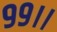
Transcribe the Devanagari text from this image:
९९।।